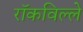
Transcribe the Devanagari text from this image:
रॉकविल्ले